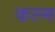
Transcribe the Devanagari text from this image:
कल्म